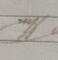
Signature authenticity: genuine